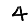
Digit: 4